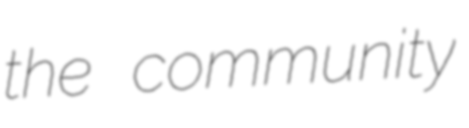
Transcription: the community